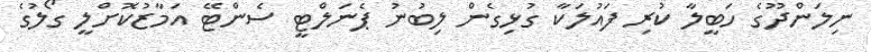
ނިލަންދޫގެ ހަބީލާ ކުރި ފައުލަކާ ގުޅިގެން ލިބުނު ޕެނަލްޓީ ސެންޓޭ އަމާޒުކޮށްލީ ގޯލުގެ